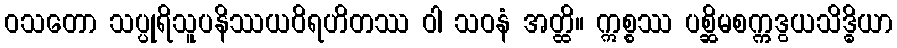
ဝသတော သပ္ပုရိသူပနိဿယဝိရဟိတဿ ဝါ သဝနံ အတ္ထိ။ ဣစ္စဿ ပစ္ဆိမစက္ကဒွယသိဒ္ဓိယာ